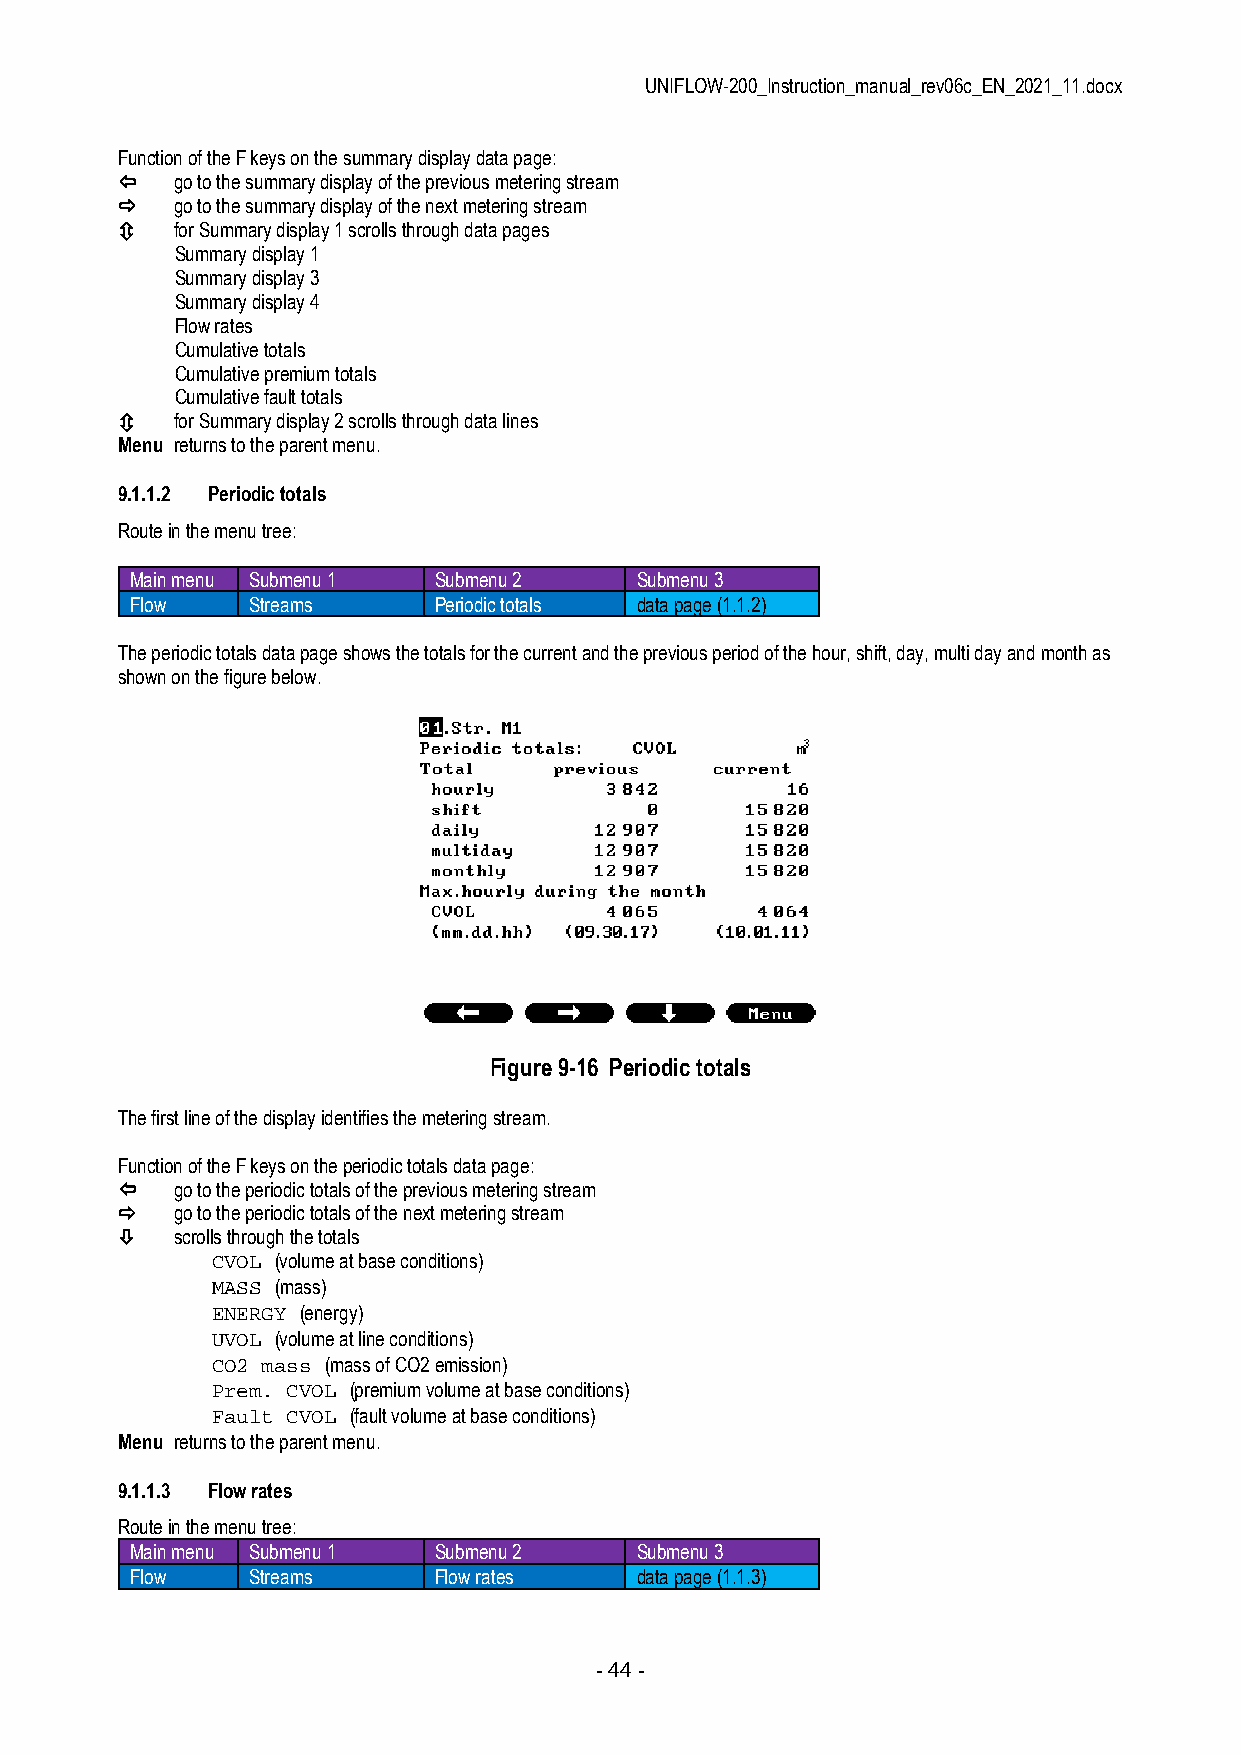
UNIFLOW-200_Instruction_manual_rev06c_EN_2021_11.docx
 Function of the F keys on the summary display data page:
    go to the summary display of the previous metering stream
    go to the summary display of the next metering stream
    for Summary display 1 scrolls through data pages
 Summary display 1
 Summary display 3
 Summary display 4
 Flow rates
 Cumulative totals
 Cumulative premium totals
 Cumulative fault totals
    for Summary display 2 scrolls through data lines
 Menu returns to the parent menu.
 9.1.1.2 Periodic totals
 Route in the menu tree:
 Main menu Submenu 1 Submenu 2    Submenu 3
 Flow   Streams      Periodic totals data page (1.1.2)
 The periodic totals data page shows the totals for the current and the previous period of the hour, shift, day, multi day and month as
 shown on the figure below.
 Figure 9-16 Periodic totals
 The first line of the display identifies the metering stream.
 Function of the F keys on the periodic totals data page:
    go to the periodic totals of the previous metering stream
    go to the periodic totals of the next metering stream
    scrolls through the totals
 CVOL (volume at base conditions)
 MASS (mass)
 ENERGY (energy)
 UVOL (volume at line conditions)
 CO2 mass (mass of CO2 emission)
 Prem. CVOL (premium volume at base conditions)
 Fault CVOL (fault volume at base conditions)
 Menu returns to the parent menu.
 9.1.1.3 Flow rates
 Route in the menu tree:
 Main menu Submenu 1 Submenu 2    Submenu 3
 Flow   Streams      Flow rates   data page (1.1.3)
 - 44 -